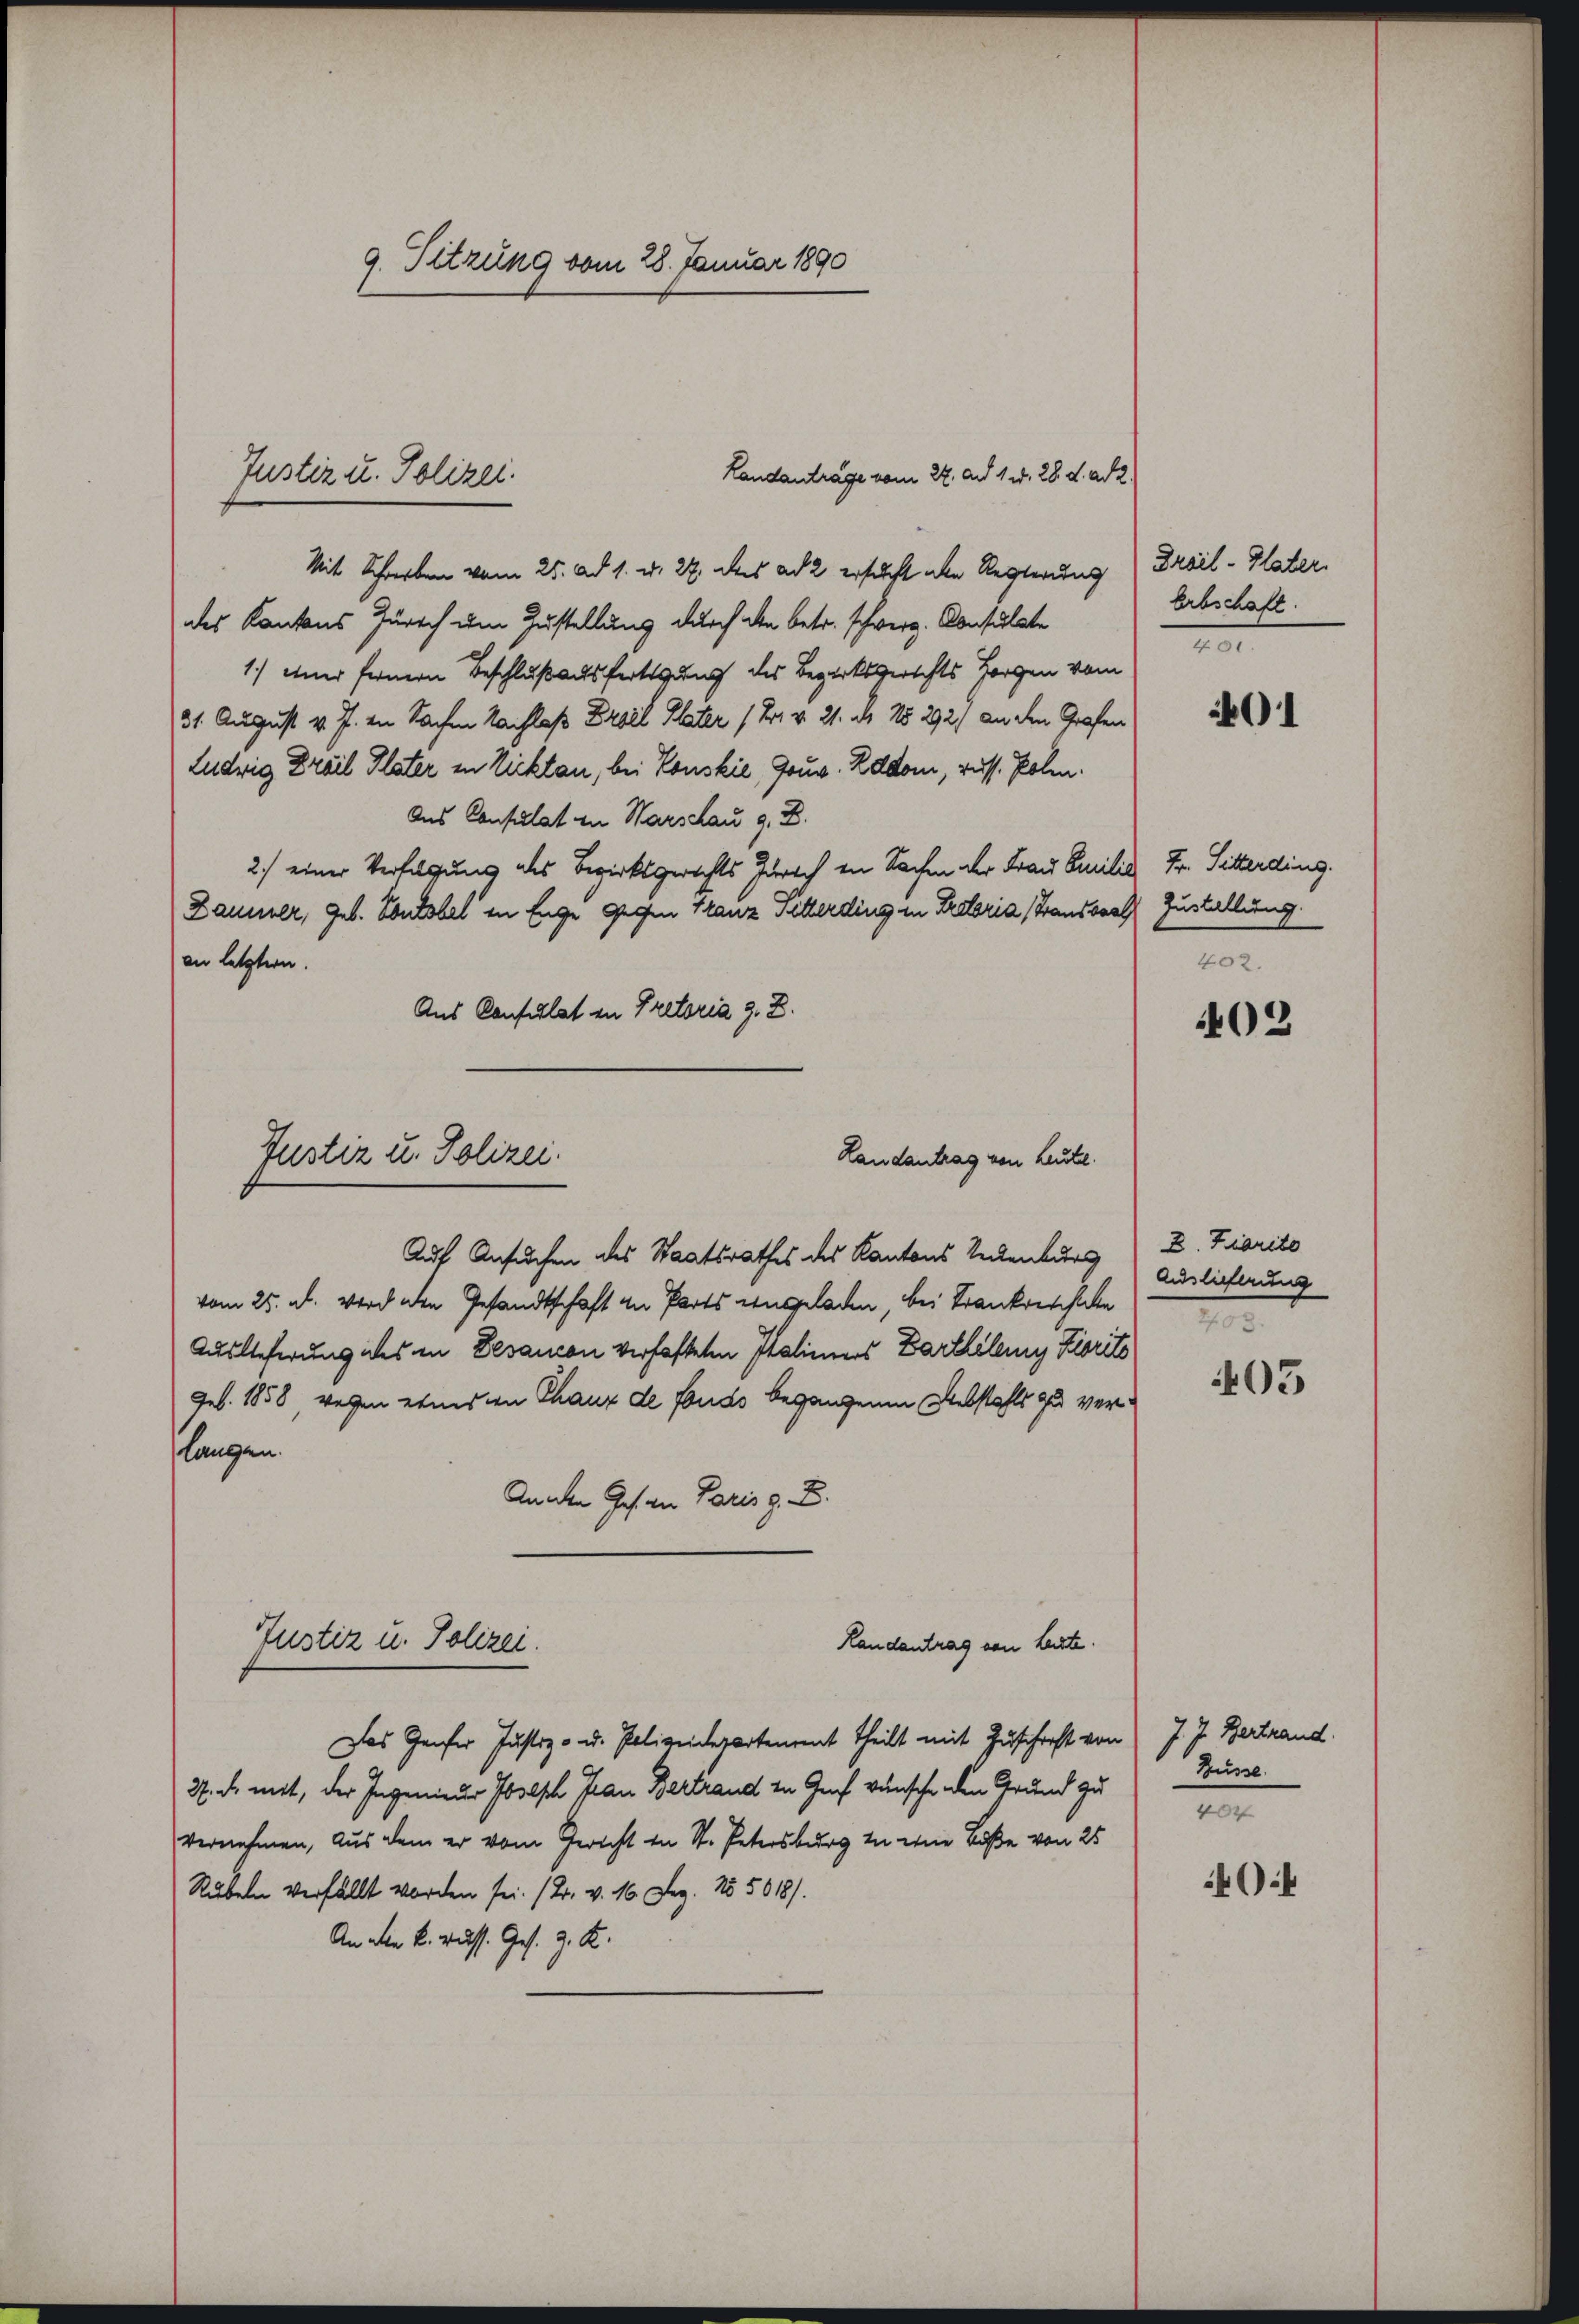
9. Sitzung vom 28. Januar 1890

Landantrage vom 22. ad 1. d. 28. d. ad 2.
Mit Schreiben vom 25. ad 1. d. 27. des ad 2 ersucht aber Regierung Drail-Plater
des Kantons Zürich um Zustellung durch den betr. schwerz. Consulate
1.) einer fernern Beschluß ausfertigung des Bezirksgerichts Horgen vom
31. August v. J. in Sachen Nachlaß Drael Plater (Dr. v. 21. ds No 292, an den Grafen
Ludwig Drail Plater in Vicktau, bei Touskić, Gouv. Zddom, russ. Polen.
Aus Consulat in Warschau z. B.
2.) einer Verfolgung des Bezirksgerichts Zürich in Sachen der Frau Emilie Fr. Sitterding.
Danier, geb. Vontobel in Enge gegen Franz Pitterding in Proloria Brandsrath Zustellung
an letztern.
Aus Consulat in Pretoria z. B.
Justiz u. Polizei.
Landantrag von Leute.
Auf Ansuchen des Staatsrathes des Kantons Verlenburg) D. Fiarito
vom 25. u. wird den Gesandtschaft an Parts eingeladen, bei Frankreichale
Auslieferung des in Devanon verhafteten Italines Bartheley Kiorits
Geb. 1858, wegen etwas in Thauz de fonds begangenen Diebstahls zu verlangen.
Anden Ges. an Paris z. B.

Justiz u. Polizei.

Justiz u. Polizei.

Das Genfer Justiz- u. Polizeidepartement theilt mit Zuschrift von J. J. Bertrand.
27. d. mit, der Ingenieur Joseph Frau Bertrand in Genf wünsche den Grund zu
vernehmen, aus dem er vom Gericht in St. Petersburg in eine Buße von 25
Rubeln verfällt worden sei. (2. v. 16. Dez. No 5018).
An den k. russ. Ges. z. K.

Landantrag von Leiste.

Erbschaft.
2

401

402.

402

Auslieferung
7

403

Hüsse.
404

404